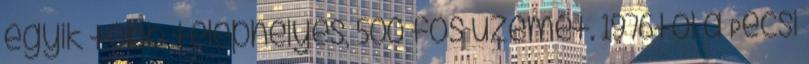
egyik több telephelyes, 500 fôs üzemét. 1976tól a Pécsi